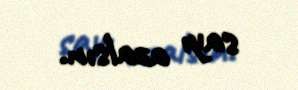
sayı azalsın.